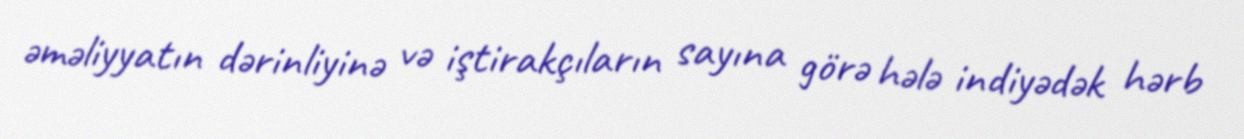
əməliyyatın dərinliyinə və iştirakçıların sayına görə hələ indiyədək hərb